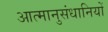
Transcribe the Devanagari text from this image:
आत्मानुसंधानियों